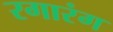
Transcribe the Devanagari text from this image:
रगारंग